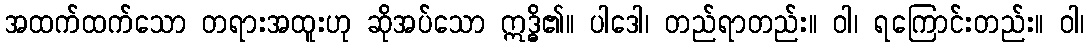
အထက်ထက်သော တရားအထူးဟု ဆိုအပ်သော ဣဒ္ဓိ၏။ ပါဒေါ၊ တည်ရာတည်း။ ဝါ၊ ရကြောင်းတည်း။ ဝါ၊